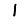
Digit: 1